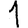
Digit: 1